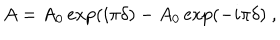
LaTeX: A = A _ { 0 } \exp ( i \pi \delta ) - A _ { 0 } \exp ( - i \pi \delta ) ~ ,